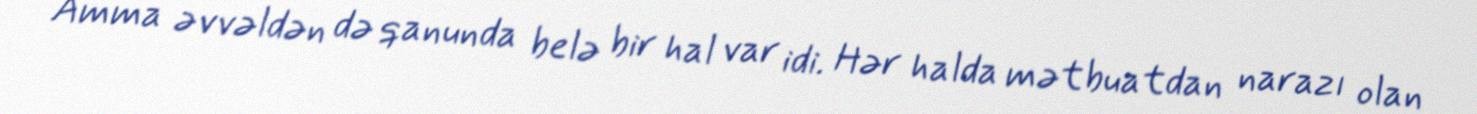
Amma əvvəldən də qanunda belə bir hal var idi. Hər halda mətbuatdan narazı olan